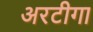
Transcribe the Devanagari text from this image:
अरटीगा